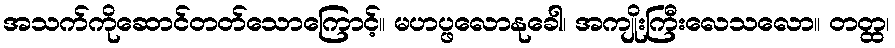
အသက်ကိုဆောင်တတ်သောကြောင့်။ မဟပ္ဖလောနုခေါ၊ အကျိုးကြီးလေသလော။ တတ္ထ၊